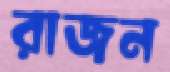
রাজন